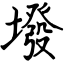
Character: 墢